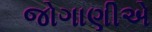
જોગાણીએ